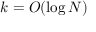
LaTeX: k = O ( \log N )